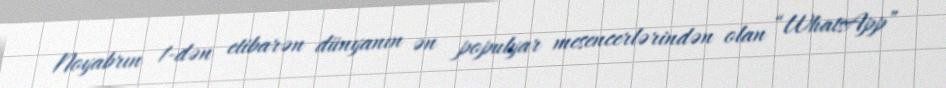
Noyabrın 1-dən etibarən dünyanın ən populyar mesencerlərindən olan “WhatsApp”